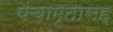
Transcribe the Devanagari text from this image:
पंचामृतासह